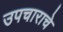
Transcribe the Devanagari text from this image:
उपचाराचे